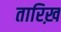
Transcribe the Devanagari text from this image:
तारिख़